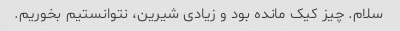
سلام. چیز کیک مانده بود و زیادی شیرین، نتوانستیم بخوریم.